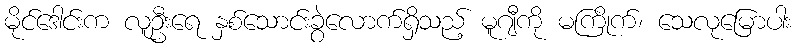
မိုင်ဒေါင်းက လူဦးရေ နှစ်သောင်းခွဲလောက်ရှိသည့် မူဂျီကို မကြိုက်၊ သေလုမြောပါး